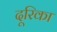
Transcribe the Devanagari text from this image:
दूरिका